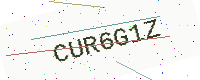
Text: CUR6G1Z